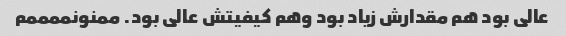
عالی بود هم مقدارش زیاد بود وهم کیفیتش عالی بود. ممنونممممم